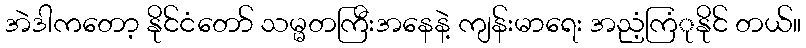
အဲဒါကတော့ နိုင်ငံတော် သမ္မတကြီးအနေနဲ့ ကျန်းမာရေး အညံ့ကြံုနိုင် တယ်။